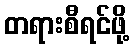
တရားစီရင်ဖို့